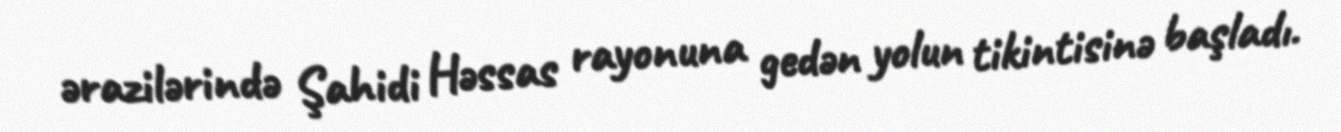
ərazilərində Şahidi Həssas rayonuna gedən yolun tikintisinə başladı.